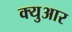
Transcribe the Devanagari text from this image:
क्युआर